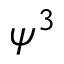
\psi ^ { 3 }